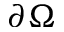
\partial \Omega